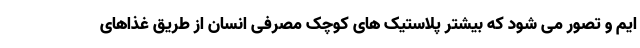
ایم و تصور می شود که بیشتر پلاستیک های کوچک مصرفی انسان از طریق غذاهای